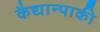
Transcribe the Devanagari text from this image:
कैद्यान्पाकी